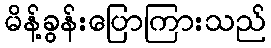
မိန့်ခွန်းပြောကြားသည်